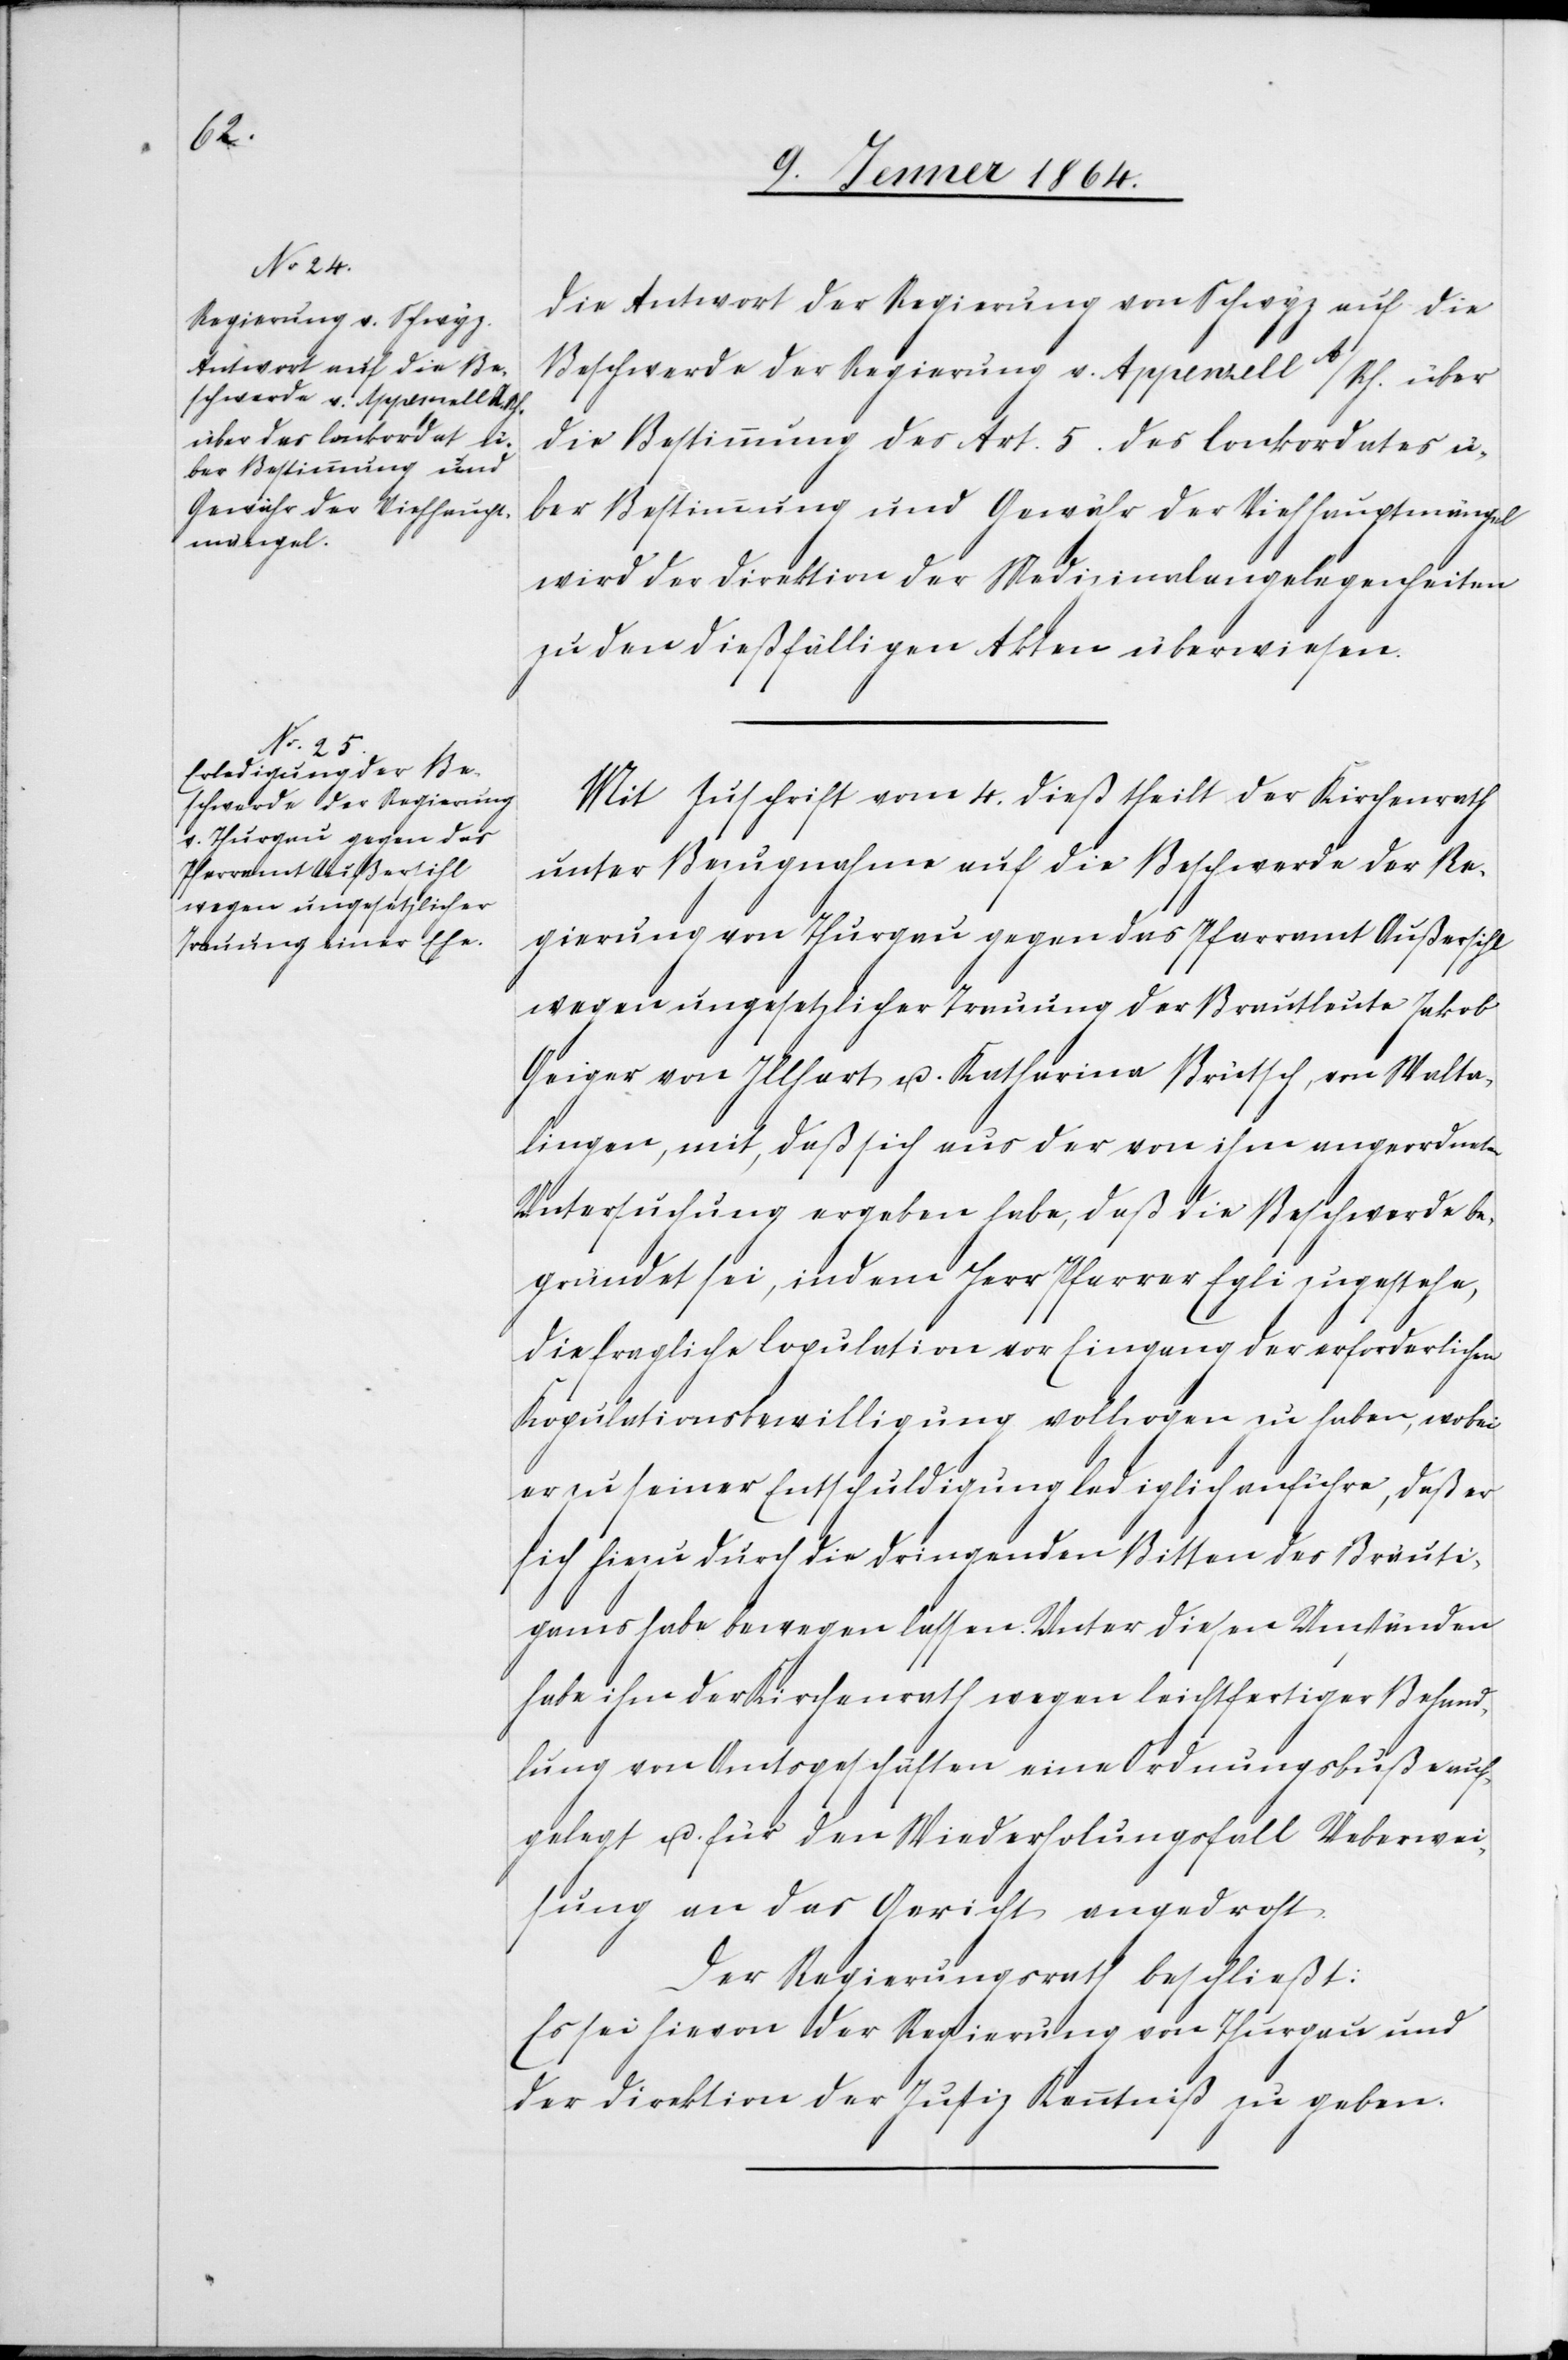
Die Antwort der Regierung von Schwyz auf die
Beschwerde der Regierung v. Appenzell A/Rh. über
die Bestimmung des Art. 5. des Conkordates ü¬
ber Bestimmung und Gewähr der Viehhauptmängel
wird der Direktion der Medizinalangelegenheiten
zu den dießfälligen Akten überwiesen.
Mit Zuschrift vom 4. dieß theilt der Kirchenrath
unter Bezugnahme auf die Beschwerde der Re¬
gierung von Thurgau gegen das Pfarramt Außersihl
wegen ungesetzlicher Trauung der Brautleute Jakob
Geiger von Illhart u. Katharina Brütsch, von Walta¬
lingen, mit, daß sich aus der von ihm angeordneten
Untersuchung ergeben habe, daß die Beschwerde be¬
gründet sei, indem Herr Pfarrer Egli zugestehe,
die fragliche Copulation vor Eingang der erforderlichen
Kopulationsbewilligung vollzogen zu haben, wobei
er zu seiner Entschuldigung lediglich anführe, daß er
sich hiezu durch die dringenden Bitten des Bräuti¬
gams habe bewegen lassen. Unter diesen Umständen
habe ihm der Kirchenrath wegen leichtfertiger Behand¬
lung von Amtsgeschäften eine Ordnungsbuße auf¬
gelegt u. für den Wiederholungsfall Ueberwei¬
sung an das Gericht angedroht.
Der Regierungsrath beschließt:
Es sei hievon der Regierung von Thurgau und
der Direktion der Justiz Kenntniß zu geben.